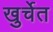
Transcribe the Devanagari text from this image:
खुर्चेत